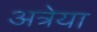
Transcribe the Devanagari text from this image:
अत्रेया